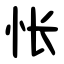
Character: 怅